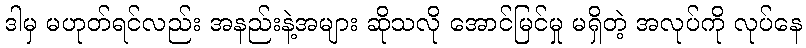
ဒါမှ မဟုတ်ရင်လည်း အနည်းနဲ့အများ ဆိုသလို အောင်မြင်မှု မရှိတဲ့ အလုပ်ကို လုပ်နေ